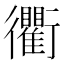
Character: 衢